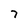
Character: 7